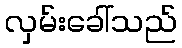
လှမ်းခေါ်သည်